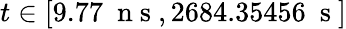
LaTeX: t\in[9.77~\mathrm{~n~s~},2684.35456~\mathrm{~s~}]